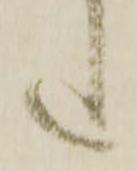
た